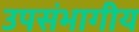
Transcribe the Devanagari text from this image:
उपसंभागीय